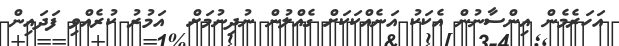
އަހަރެމެން އިންސާނުން އެކަކު އަނެއްކަކަށް ގެއްލުން ނުދިނުމަށް  އަމުރު ކުރެއްވި ފަދައިން